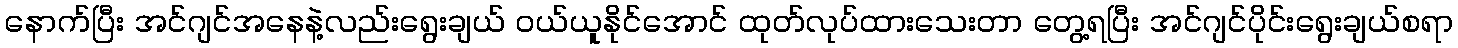
နောက်ပြီး အင်ဂျင်အနေနဲ့လည်းရွေးချယ် ဝယ်ယူနိုင်အောင် ထုတ်လုပ်ထားသေးတာ တွေ့ရပြီး အင်ဂျင်ပိုင်းရွေးချယ်စရာ